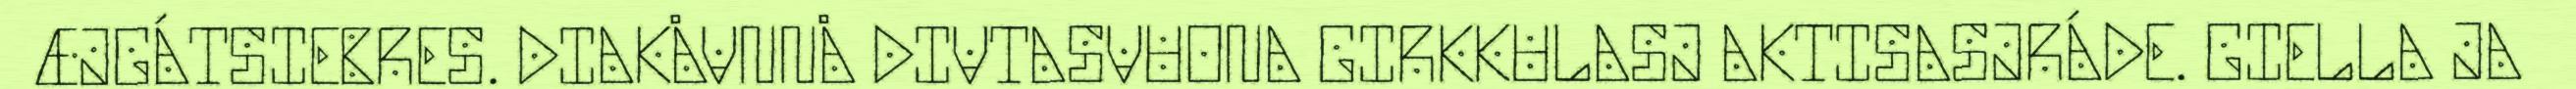
ÆJGÁTSIEBRES. DIAKÅVNNÅ DIVTASVUONA GIRKKULASJ AKTISASJRÁDE. GIELLA JA